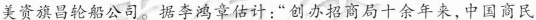
美资旗昌轮船公司。据李鸿章估计：”创办招商局十余年来，中国商民